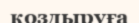
қоздыруға